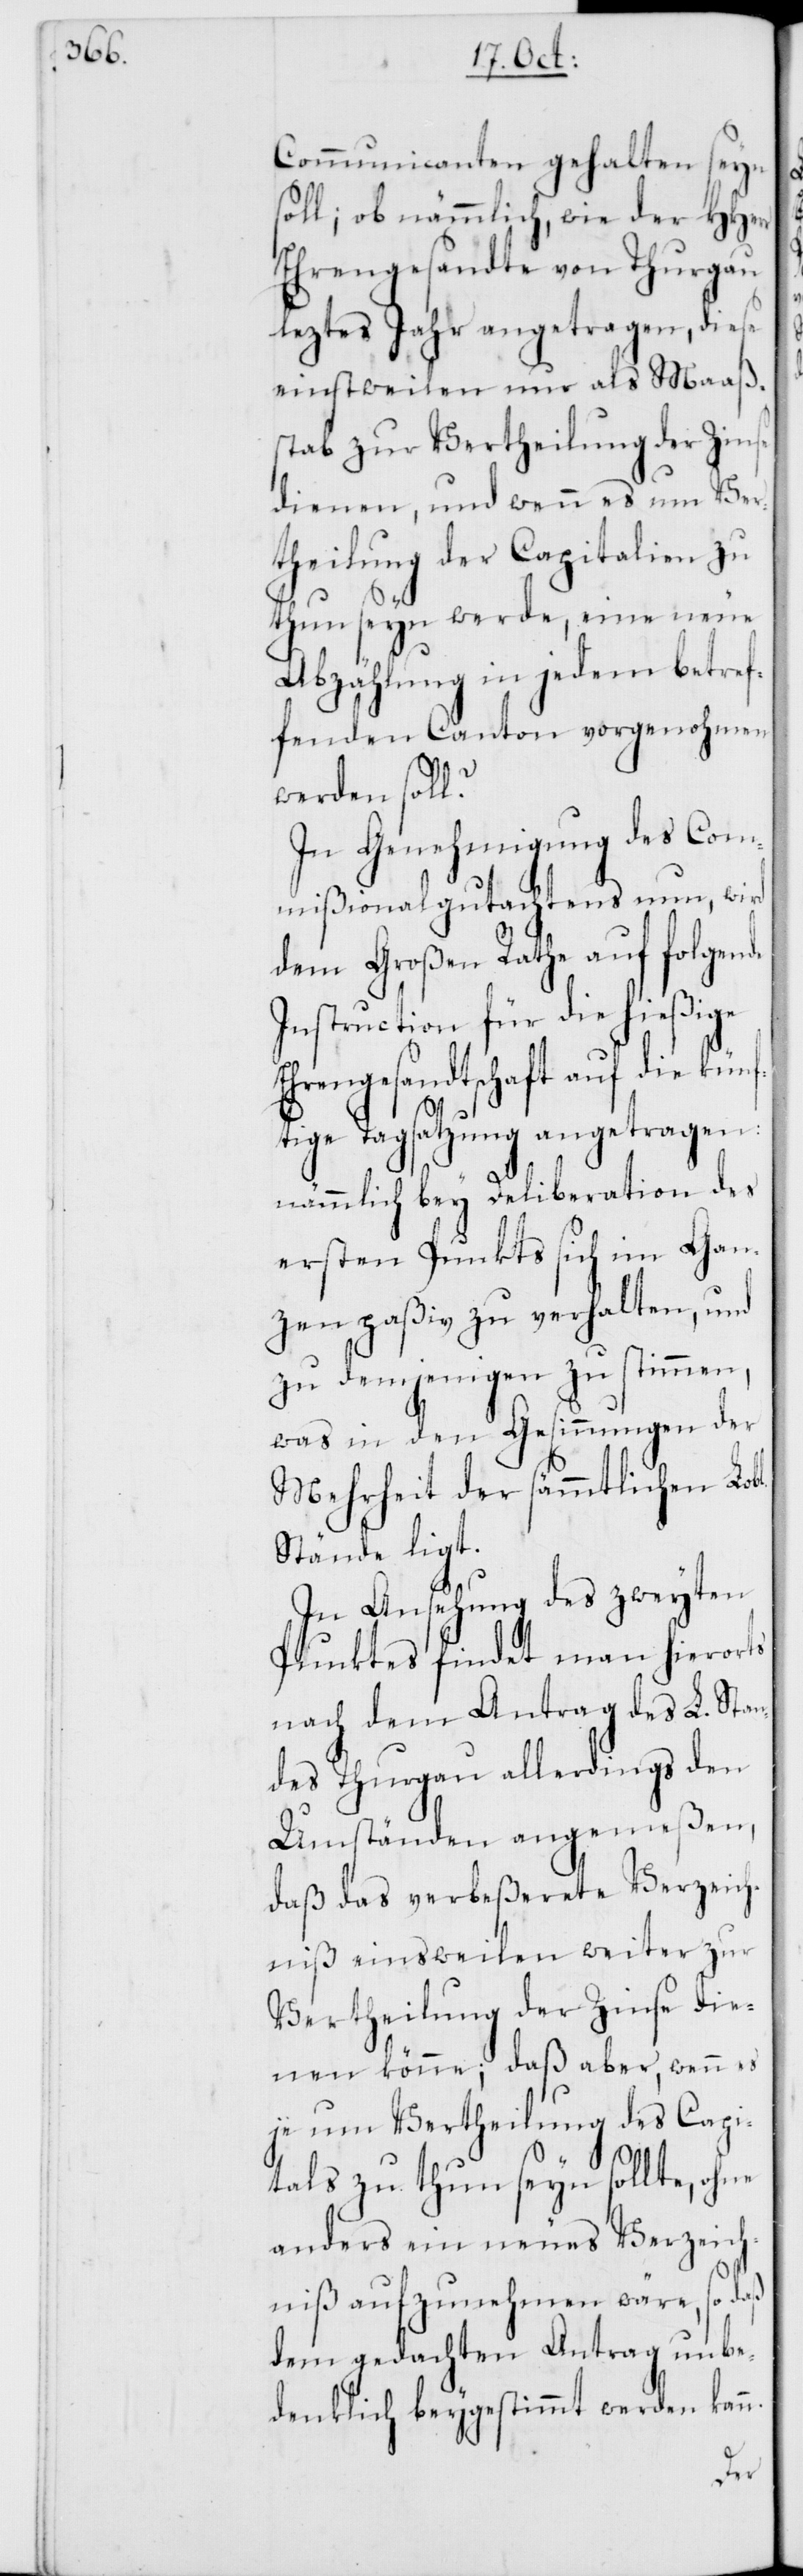
Communicanten gehalten seyn
soll; ob nämmlich, wie der HHerr
Ehrengesandte von Thurgau
leztes Jahr angetragen, diese
einstweilen nur als Maaß¬
stab zur Vertheilung der Zinse
dienen, und wenn es um Ver¬
theilung der Capitalien zu
thun seyn werde, eine neue
Abzählung in jedem betref¬
fenden Canton vorgenohmen
n.
werden soll?
In Genehmigung des Com¬
mißionalgutachtens nun, wird
dem Großen Rathe auf folgende
Instruction für die hießige
Ehrengesandtschaft auf die kün¬
ftige Tagsatzung angetragen:
nämmlich bey Deliberation des
ersten Punkts sich im Gan¬
zen paßiv zu verhalten, und
zu demjenigen zu stimmen,
was in den Gesinnungen der
Mehrheit der sämmtlichen Lob¬
Stände ligt.
In Ansehung des zweyten
Punktes findet man hierorts
nach dem Antrag des L. Stan¬
des Thurgau allerdings den
Umständen angemeßen,
daß das verbeßerete Verzeich¬
niß einstweilen weiter zur
Vertheilung der Zinse die¬
nen könne; daß aber, wenn es
je um Vertheilung des Capi¬
tals zu thun seyn sollte, ohne
anders ein neues Verzeich¬
niß aufzunehmen wäre, so daß
dem gedachten Antrag unbe¬
denklich beygestimmt werden kan¬